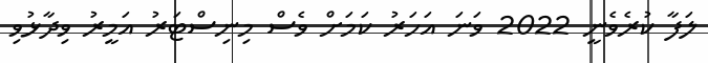
ލަފާ ކުރެވެނީ 2022 ވަނަ އަހަރު ކަމަށް ވެސް މިނިސްޓަރު އަމީރު ވިދާޅުވި